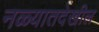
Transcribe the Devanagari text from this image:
नळ्यातदेखील